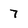
Character: 7